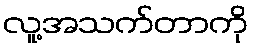
လူ့အသက်တာကို